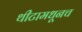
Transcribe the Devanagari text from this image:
थीटामधूनच